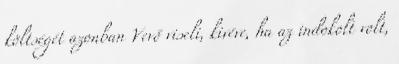
költségét azonban Vevő viseli, kivéve, ha az indokolt volt,